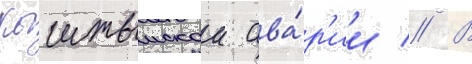
кыштымскои ава́р'ии // В